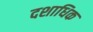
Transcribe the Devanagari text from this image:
दशाधिक